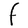
Character: F